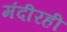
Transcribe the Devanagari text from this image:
मंदीरही